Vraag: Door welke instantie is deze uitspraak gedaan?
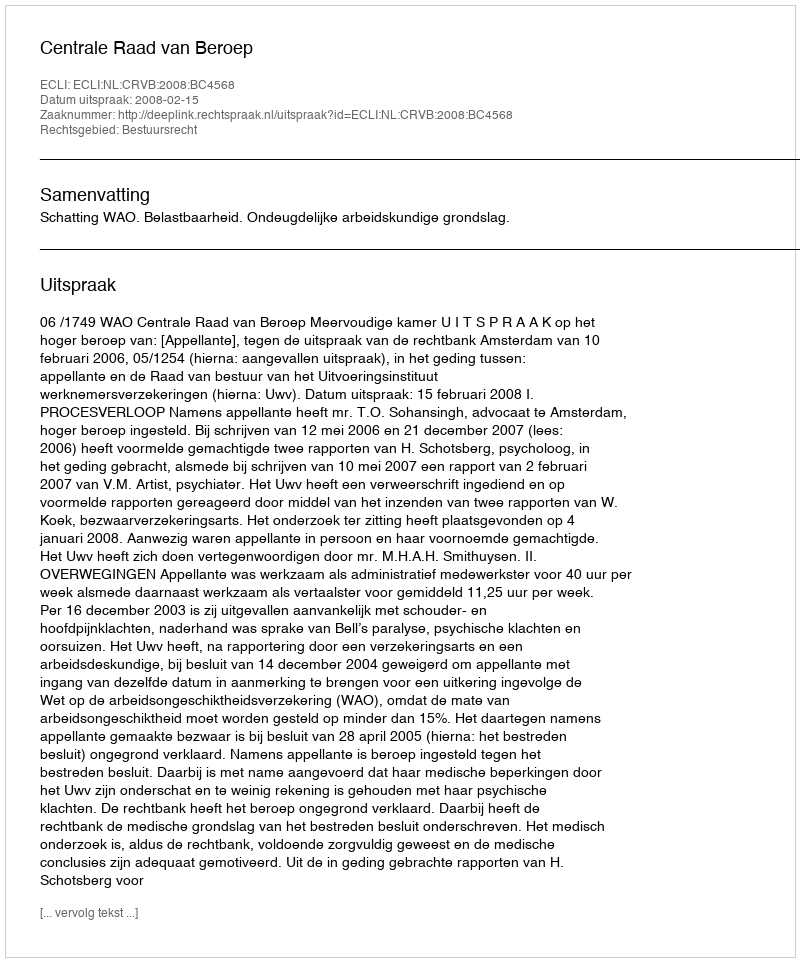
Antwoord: Centrale Raad van Beroep